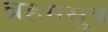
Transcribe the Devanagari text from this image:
ब्रहमसूत्र